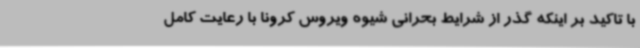
با تاکید بر اینکه گذر از شرایط بحرانی شیوه ویروس کرونا با رعایت کامل